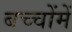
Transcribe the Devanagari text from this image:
बच्‍चोंमें